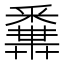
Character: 𨤝